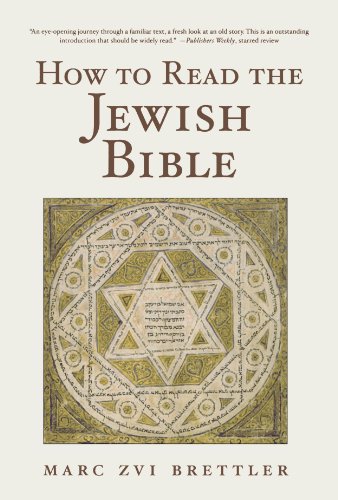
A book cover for How to Read the Jewish Bible; Marc Zvi Brettler; Religion & Spirituality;